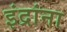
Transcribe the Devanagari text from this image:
इंद्रांना